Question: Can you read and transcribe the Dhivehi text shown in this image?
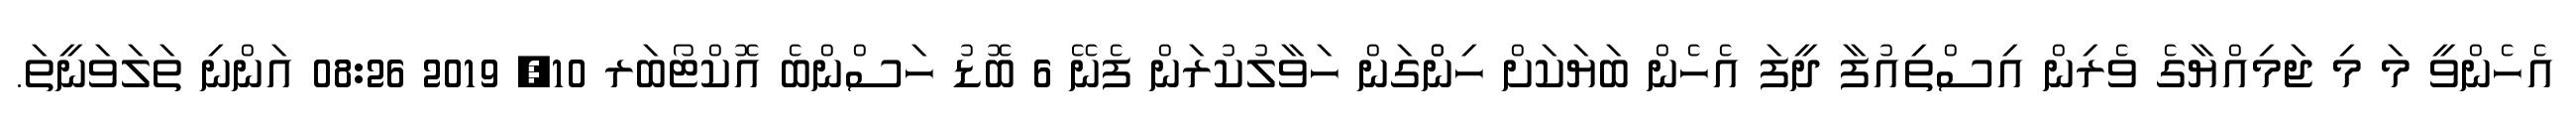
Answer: އެހެންވީ މަ މި ޖަމިއްޔާގެ ވެރިން އިސްތިއުފާ ދީފަ އެހެން ބަޔަކަށް ހިންްގަން ހަވާލުކުރަން ފެނޭ 6 ބޮޑު ހަސްންބެ އޮކްޓޯބަރ 10, 2019 08:26 އަންނި ތަލަވަނީތަ.